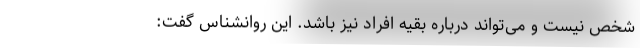
شخص نیست و می‌تواند درباره بقیه افراد نیز باشد. این روانشناس گفت: